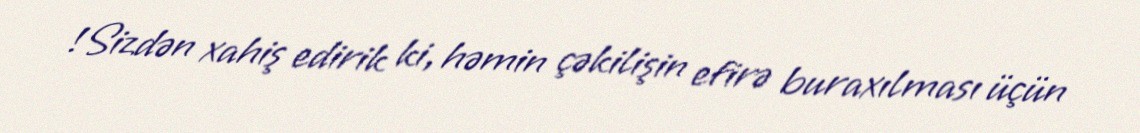
!Sizdən xahiş edirik ki, həmin çəkilişin efirə buraxılması üçün